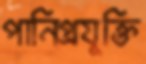
পানিপ্রযুক্তি